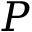
P